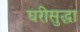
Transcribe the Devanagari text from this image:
घरीसुद्धा